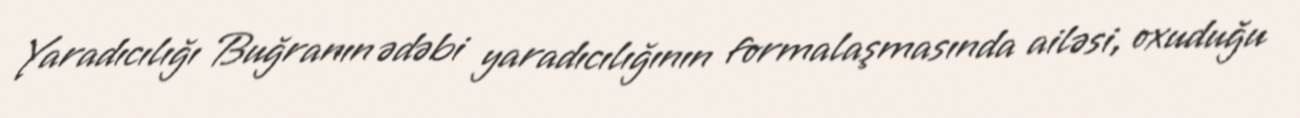
Yaradıcılığı Buğranın ədəbi yaradıcılığının formalaşmasında ailəsi, oxuduğu